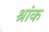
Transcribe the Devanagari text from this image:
श्रांक